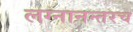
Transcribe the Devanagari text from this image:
लग्नानन्तरच